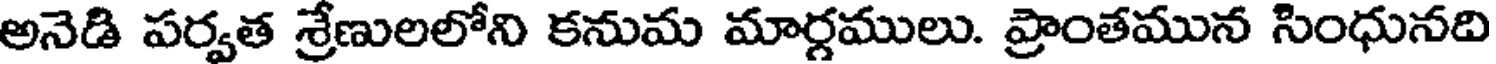
అనెడి పర్వత శ్రేణులలోని కనుమ మార్గములు. ప్రాంతమున సింధునది